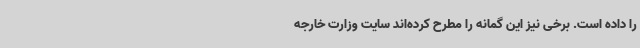
را داده است. برخی نیز این گمانه را مطرح کرده‌اند سایت وزارت خارجه